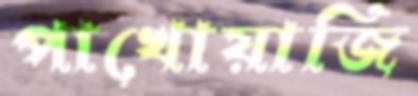
পাখোয়াজি